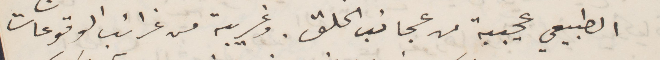
الطبيعي عجيبة من عجائب الخلق. وغريبة من غرائب الوقوعات